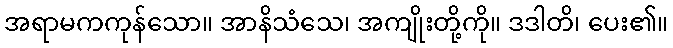
အရာမကကုန်သော။ အာနိသံသေ၊ အကျိုးတို့ကို။ ဒဒါတိ၊ ပေး၏။